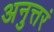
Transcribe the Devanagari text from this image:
अनुत्तरं